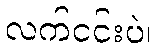
လက်ငင်းပဲ။